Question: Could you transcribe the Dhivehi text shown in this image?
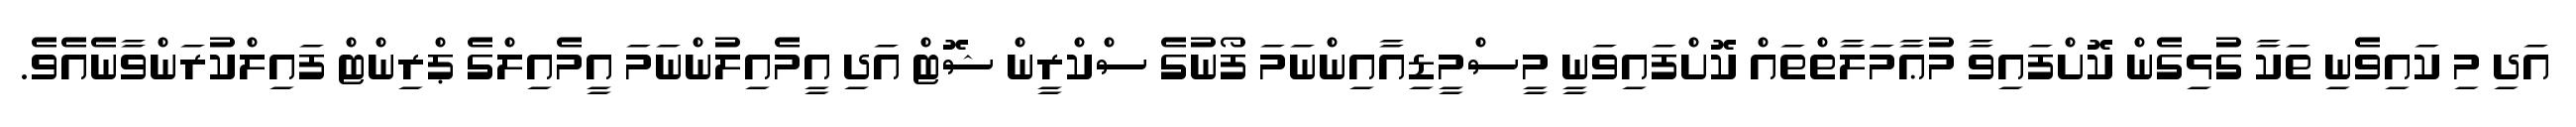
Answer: އަދި މި ކައިވެނި ތަކާ ގުޅިގެން ކޮށްފައިވާ މުޢާމަލާތްތައް ކޮށްފައިވަނީ މީސްމީޑިއާއިންނަމަ ފޯނުގެ ސްކްރީން ޝޮޓް އަދި އީމެއިލުންނަމަ އީމެއިލްގެ ޕްރިންޓް ފައިލްކުރަންވާނެއެވެ.